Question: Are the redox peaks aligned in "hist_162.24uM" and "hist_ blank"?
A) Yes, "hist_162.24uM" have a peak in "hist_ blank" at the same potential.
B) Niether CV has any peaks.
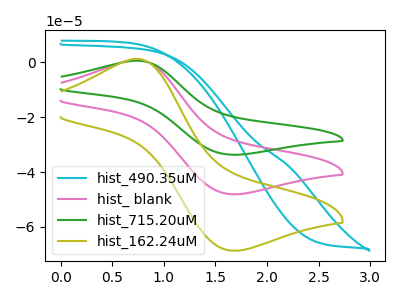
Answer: <think>The cyan curve "hist_490.35uM" has no peaks. The pink curve "hist_ blank" has an anodic peak at (0.75V, 0.90uA) and a cathodic peak at (1.65V, -48.10uA). The green curve "hist_715.20uM" has an anodic peak at (0.75V, 1.80uA) and a cathodic peak at (1.65V, -96.20uA). The olive curve "hist_162.24uM" has an anodic peak at (0.75V, 1.30uA) and a cathodic peak at (1.65V, -68.65uA).</think>
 <answer>A) Yes, "hist_162.24uM" have a peak in "hist_ blank" at the same potential.</answer>
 <eval>A</eval>